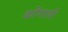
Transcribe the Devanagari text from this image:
कोंगाली